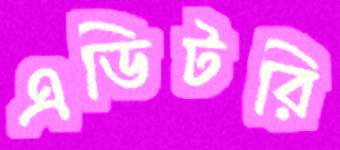
এডিটরি